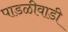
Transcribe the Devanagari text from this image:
पाडळीवाडी